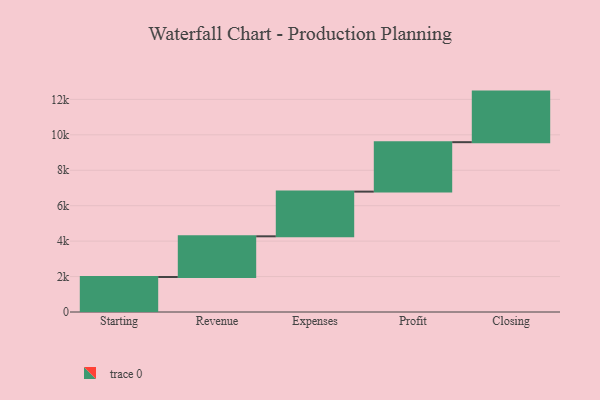
{"axis": {"x": "Step", "y": "Value"}, "legend": [""], "data": [{"x": "Starting", "y": 1974.0, "type": ""}, {"x": "Revenue", "y": 2298.0, "type": ""}, {"x": "Expenses", "y": 2522.0, "type": ""}, {"x": "Profit", "y": 2791.0, "type": ""}, {"x": "Closing", "y": 2854.0, "type": ""}]}